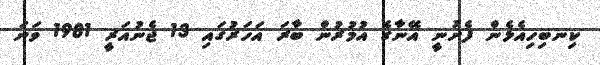
ކިނބިހިއެޅެން ފެށުނީ އޭނާގެ އުމުރުން ބާރަ އަހަރުގައި 13 ޖެނުއަރީ 1981 ވަނަ